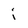
Character: j